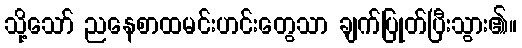
သို့သော် ညနေစာထမင်းဟင်းတွေသာ ချက်ပြုတ်ပြီးသွား၏။